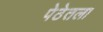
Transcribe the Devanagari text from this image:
पेठेतला